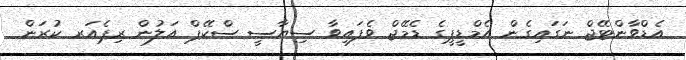
އެޑްވާންޓޭޖް ނަގައިގެން އެމްޑީޕީގެ ޑެމޭޖް ވެފައިވާ ސިޔާސީ ސްކޭޕް އަލުން ރިޕެއަރ ކުރަން